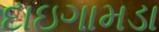
દાઇગામડા